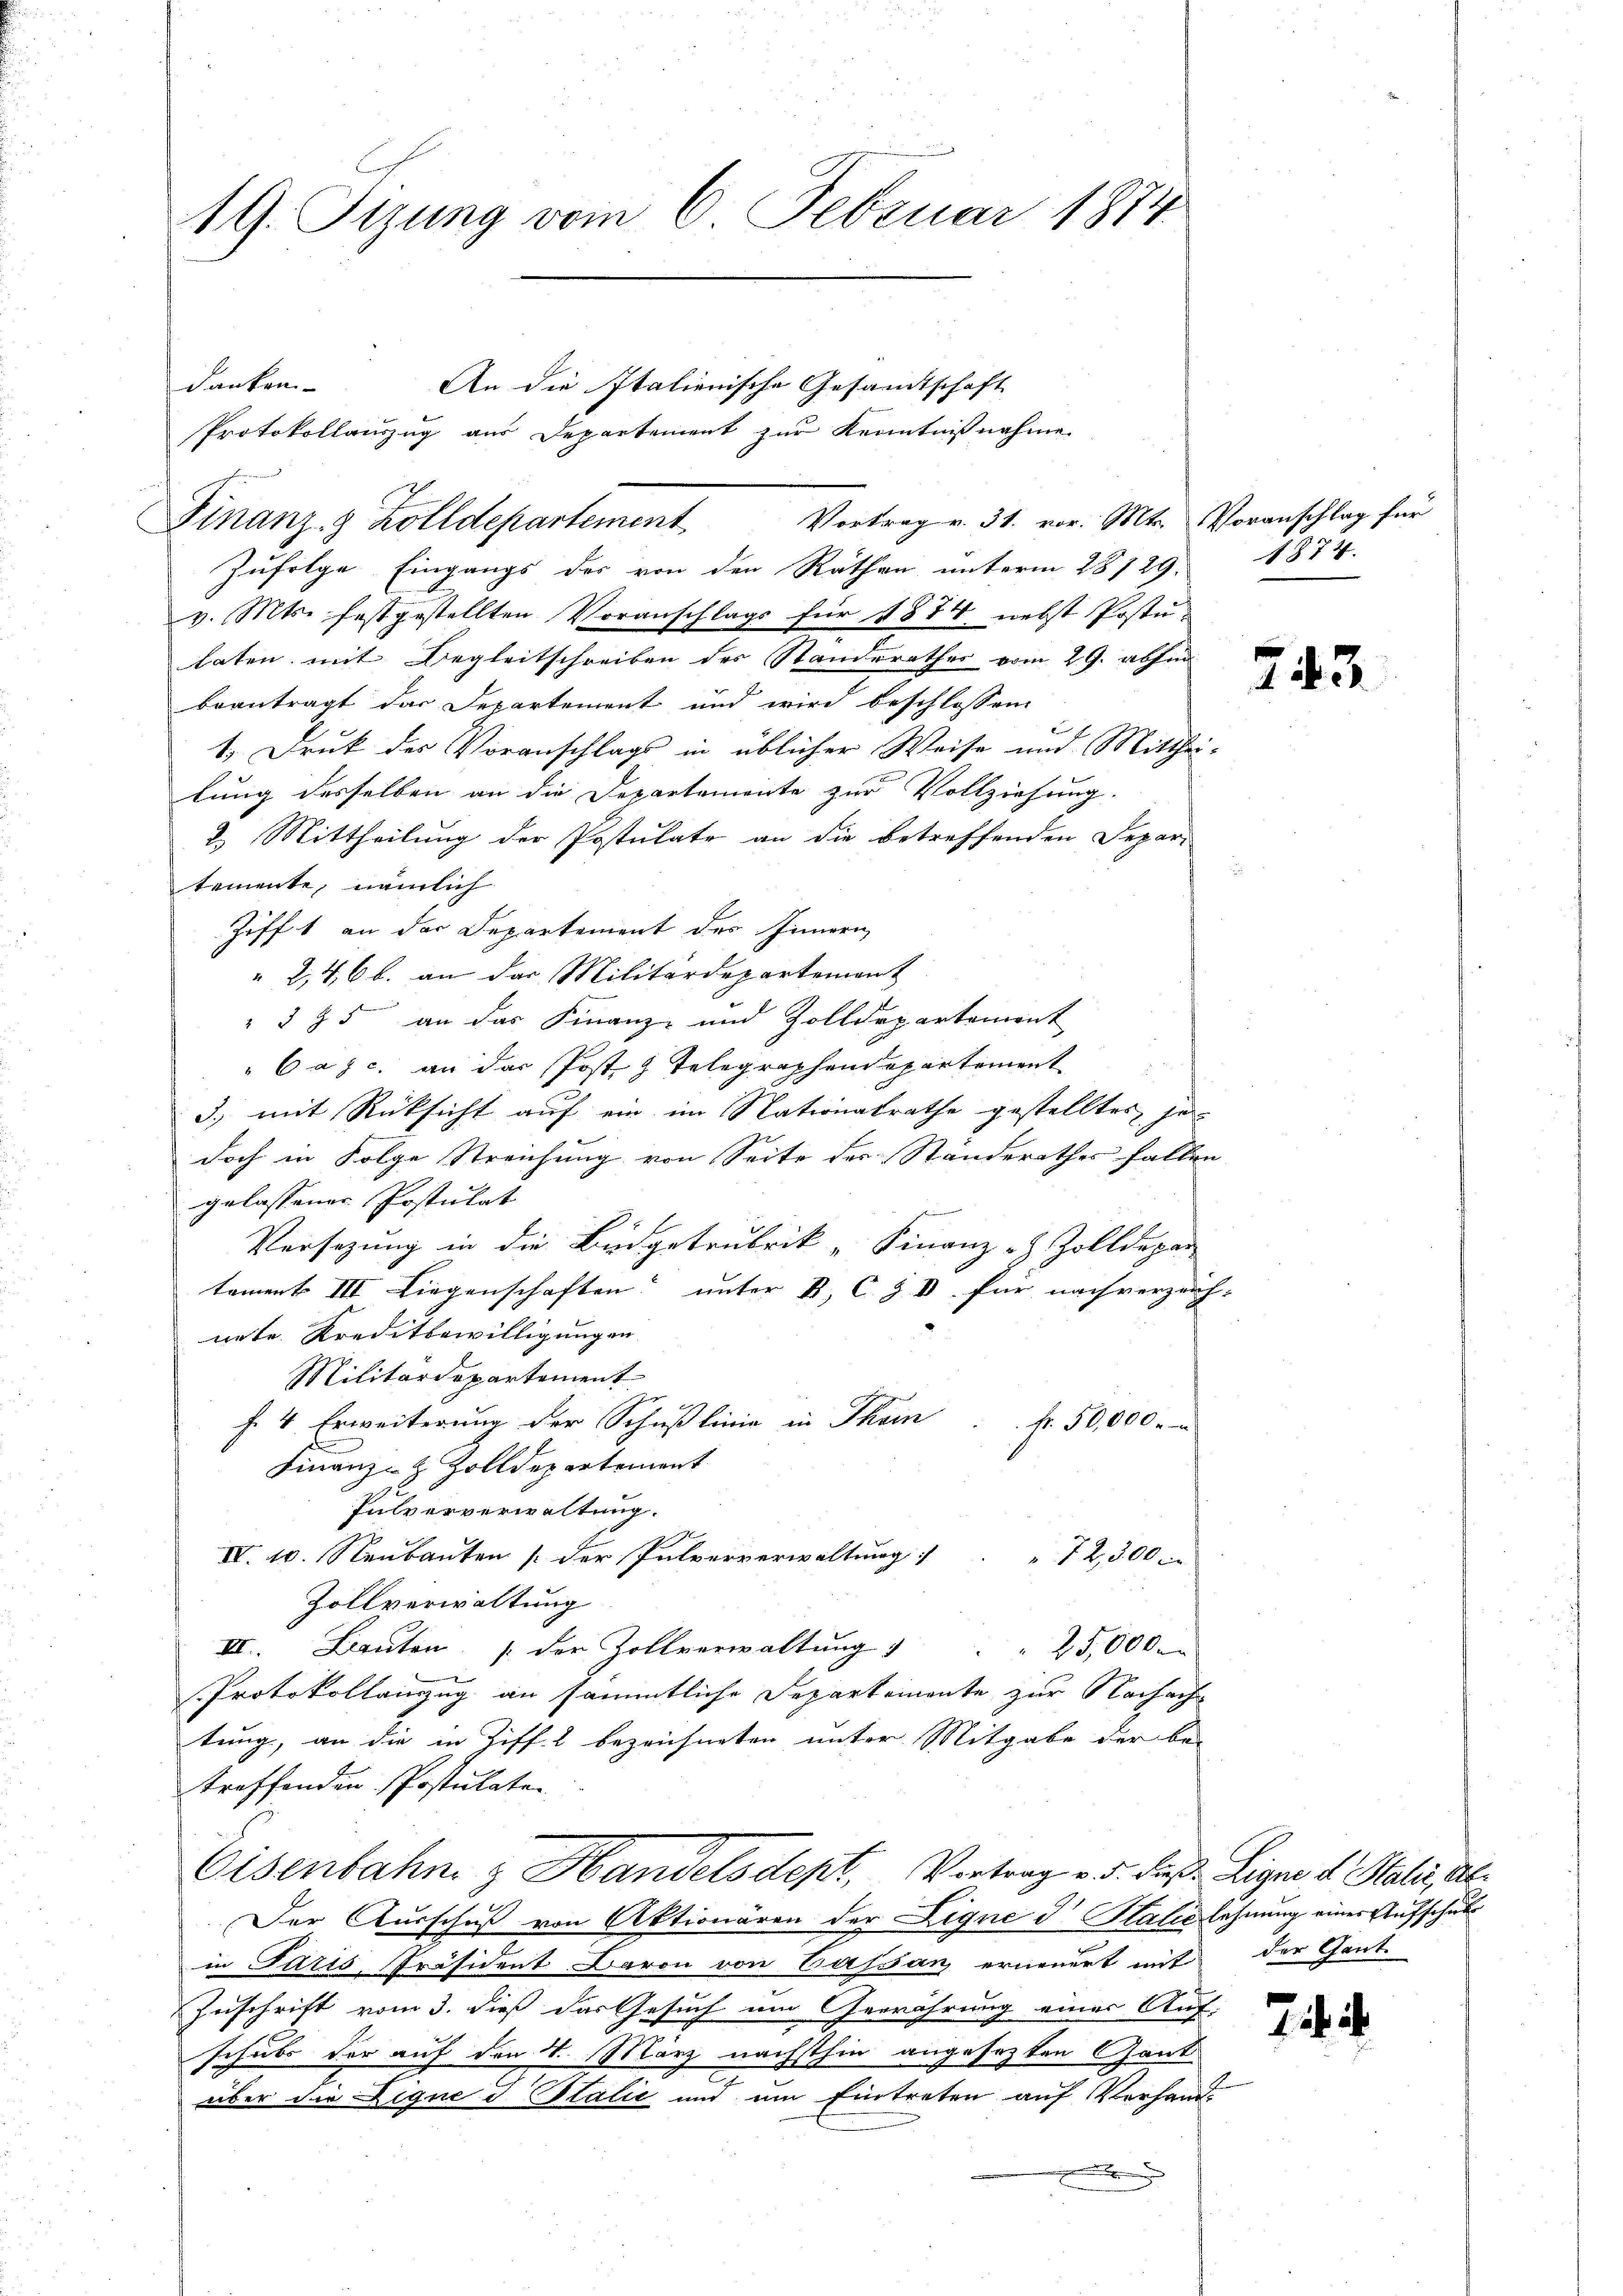
19. Sizung vom 6. Februar 1874

Zufolge Eingangs des von den Räthen unterm 28/29.
v. Mts. festgestellten Voranschlags für 1874 nebst Postu-
laten mit Begleitschreiben des Standerathes vom 29. abhin
beantragt das Departement und wird beschlossen
1.) Druk des Voranschlags in üblicher Weise und Mitthei-
lung desselben an die Departemente zur Vollziehung.
2. Mittheilung der Postulate an die betreffenden Depar-
temente, nämlich
Zifft an der Departement des Innern
" 246 b. an das Militärdepartement
" § 75 an das Finanz- und Zolldepartement
6a 3 c. an der Post 3 Telegraphendepartement
3., mit Rücksicht auf ein im Nationalrathe gestelltes je
doch in Folge Streichung von Seite der Standerathes fallen
gelassener Postulat
J
Versezung in die Budgetrubrik „Finanz- Zolldepar
tament III Liegenschaften“ unter B. C. Z. V. für nachverzeich-
nete. Kreditbewilligungen.
Militärdepartement
f. 4. Erweiterung der Schußlinie in Thein . . f. 50,000.
Finanz- & Zolldepartemont
Pulververwaltung.
IV. 10. Neubauten [der Pulververwaltung                 "   2300
Zollverwaltung
II. Bauten der Zollverwaltung              25,000.
Protokollanzug an sämmtliche Departemente zur Nachache
tung, an die in Ziff. 2 bezeichneten unter Mitgabe der be-
treffenden Postulaten
Eisenbahn & Handelsdept, Vortrag v. d. dieß Ligen d. Stali, Ab¬
Der Ausschuß von Aktionären der Ligne di Paler lehnung einer Aufschul
in Paris Präsident Baron von Cassan erneuert mit der Gant-
Zuschrift vom 3. dieß das Gesuch um Gewährung einer Auf-
schubs der auf den 1. März nächsthin angesezten Gant
über die Lique d Italić und um Eintreten auf Verhand-
a

danken
Finanz- & Zolldepartement Vortrag v. 31. vor. Mts. Voranschlag für

An die Italienische Gesandtschaft
Protokollauszug aus Departement zur Kenntnißnahme

1874.

743